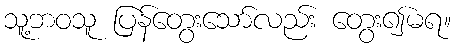
သူ့ဘဝသူ ပြန်တွေးသော်လည်း တွေး၍မရ။